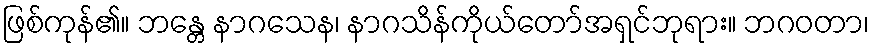
ဖြစ်ကုန်၏။ ဘန္တေ နာဂသေန၊ နာဂသိန်ကိုယ်တော်အရှင်ဘုရား။ ဘဂဝတာ၊